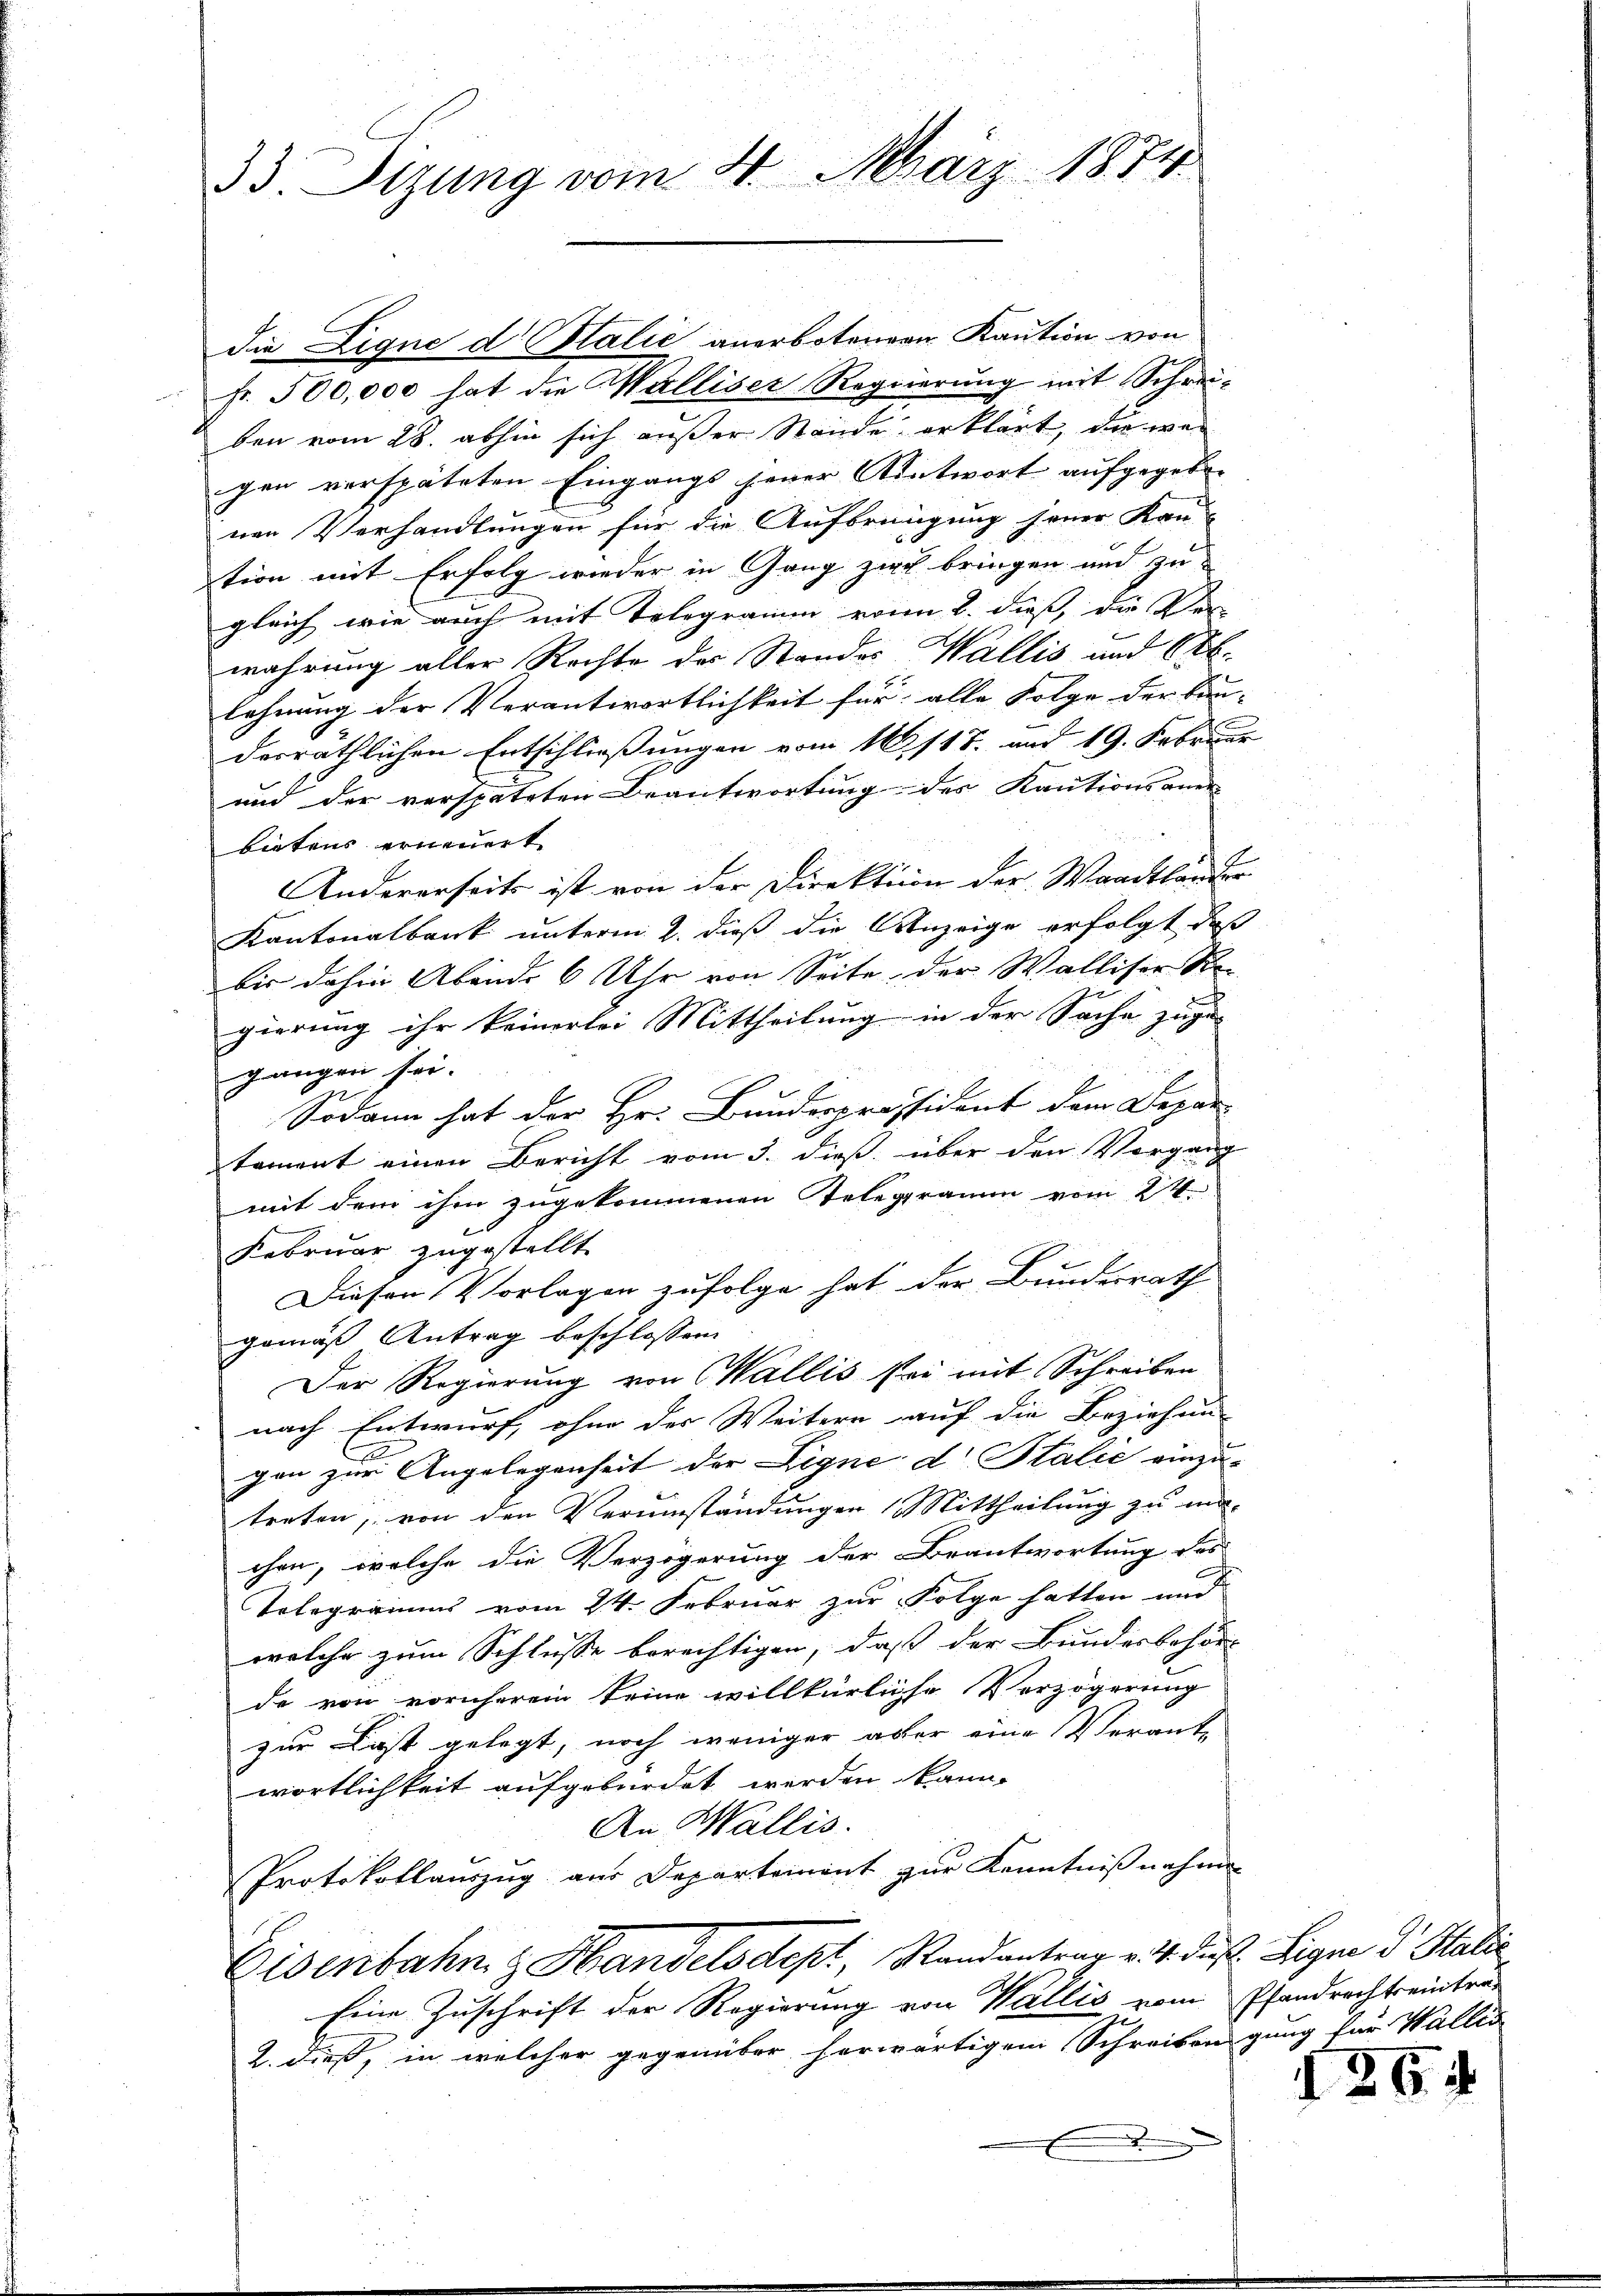
33. Sizung vom 4. März 1874

die Lique d. Balić anerbotenen Kaution von
fr. 500,000 hat die Walliser Regierung mit Schreiben vom 28. abhin sich außer Stände erklärt, die wei
gen verspäteten Eingangs jener Antwort aufgegeben |
nen Verhandlungen für die Aufbringung jener Kan-
tion mit Erfolg wieder in Gang zu bringen und zu
gleich, wie auch mit Telegramm von 2. dieß, die Ver
wahrung aller Rechte des Standes Wallis und 60.
lehnung der Verantwortlichkeit für alle Folge der Bau-
derräthlichen Entschließungen vom 16. 118. und 19. Februar
und der verspäteten Beantwortung des Kautionsaner
bietens erneuert
Andererseits ist von der Direktion der Waadtländer
Kantonalbank unterm 2. dieß die Anzeige erfolgt, daß
bis dahin Abends 6 Uhr von Seite der Walliser Re
gierung ihr keinerlei Mittheilung in der Sache zuge- |
gangen sei.
Sodann hat der Hr. Bundespräsident dem Depar-
tament einen Bericht vom 3. dieß über den Vorgang
mit dem ihm zugekommenen Telegramm vom 24.
Februar zugestellt
Diesen Vorlagen zufolge hat der Bundesrath
gemäß Antrag beschlossen:
Der Regierung von Wallis sei mit Schreiben
nach Entwurf, ohne der Weitern auf die Beziehung
x
gen zur Angelegenheit der Eigne d. Stalić einzu-
treten, von den Verumstandungen Mittheilung zu ma-
chen, welche die Verzögerung der Beantwortung des
Tolegramms vom 24. Februar zur Folge hatten und
welche zum Schlusse berechtigen, daß der Bundesbehör- |
de von vornherein keine willkürliche Verzögerung
zur Last gelegt, noch weniger aber eine Verant-
wortlichkeit aufgebürdet werden kann.
An Wallis.
Protokollauszug aus Departemont zur Kenntnißnahmen
Eisenbahn z. Handelsdept, Randantrag v. 4. dieß. Signe dr Stati
Eine Zuschrift der Regierung von Wallis vom Pfandrechtseintra-
i
2. dieß, in welcher gegenüber herwärtigem Schreiben gung für Wallis
d

26.